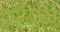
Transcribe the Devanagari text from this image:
एपीडर्मिस